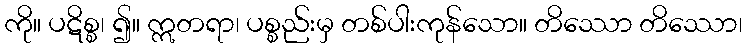
ကို။ ပဋိစ္စ၊ ၍။ ဣတရာ၊ ပစ္စည်းမှ တစ်ပါးကုန်သော။ တိဿော တိဿော၊